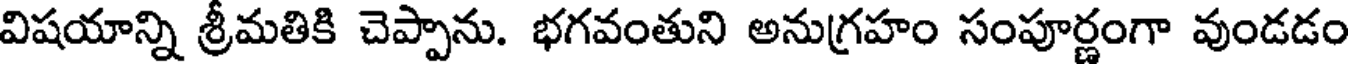
విషయాన్ని శ్రీమతికి చెప్పాను. భగవంతుని అనుగ్రహం సంపూర్ణంగా వుండడం